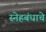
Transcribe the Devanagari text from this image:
स्नेहबंधाचे